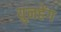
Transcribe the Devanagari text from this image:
युनहेंग